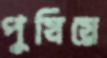
পুষিয়ে